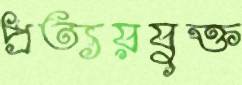
প্রত্যয়যুক্ত